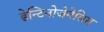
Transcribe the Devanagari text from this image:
डेन्टिनोजेनेसिस